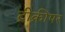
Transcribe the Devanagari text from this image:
ट्रीक्रीपर